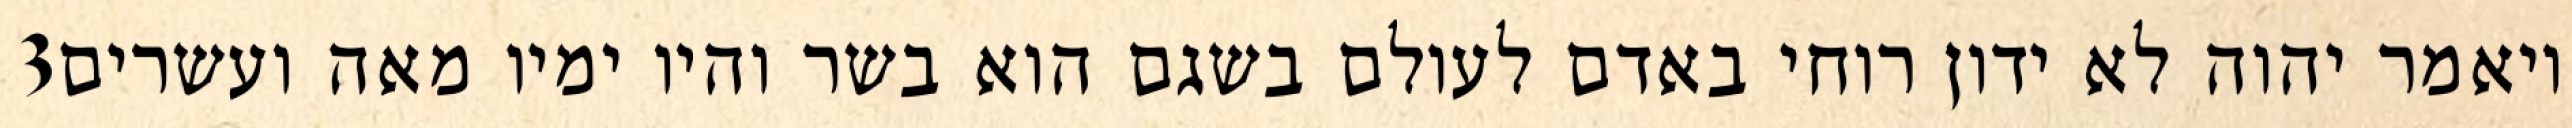
‎3‏ ויאמר יהוה לא ידון רוחי באדם לעולם בשגם הוא בשר והיו ימיו מאה ועשרים